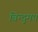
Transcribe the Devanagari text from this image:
बिन्दुमय